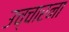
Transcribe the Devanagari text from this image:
उच्चारना